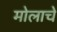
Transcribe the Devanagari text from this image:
मोलाचेे